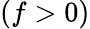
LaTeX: (f>0)